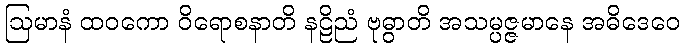
ဩမာနံ ထဝကော ဝိရောစနာတိ နဠိညံ ဗုဓွာတိ အသမ္ပဇ္ဇမာနေ အဓိဒေဝေ